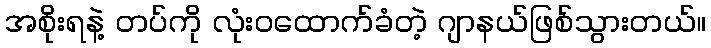
အစိုးရနဲ့ တပ်ကို လုံးဝထောက်ခံတဲ့ ဂျာနယ်ဖြစ်သွားတယ်။